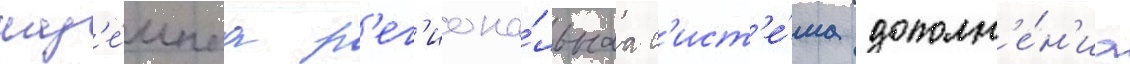
наз'е́мнаа р'ег'иона́льнаа с'ист'е́ма дополн'е́н'иа